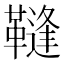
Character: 䩼